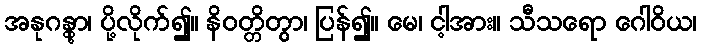
အနုဂန္တွာ၊ ပို့လိုက်၍။ နိဝတ္တိတွာ၊ ပြန်၍။ မေ၊ ငါ့အား။ သီသရော ဂေါဝိယ၊